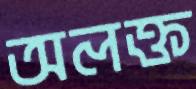
অলক্ত